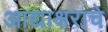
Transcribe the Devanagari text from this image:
आद्याक्षराचे